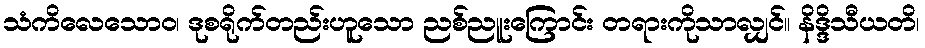
သံကိလေသောဝ၊ ဒုစရိုက်တည်းဟူသော ညစ်ညူးကြောင်း တရားကိုသာလျှင်။ နိဒ္ဒိသီယတိ၊